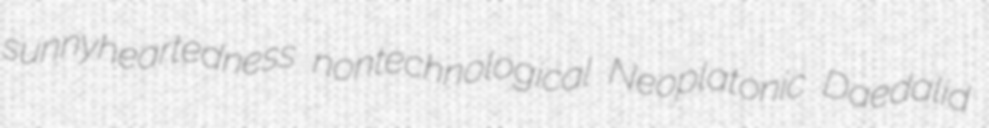
sunnyheartedness nontechnological Neoplatonic Daedalid